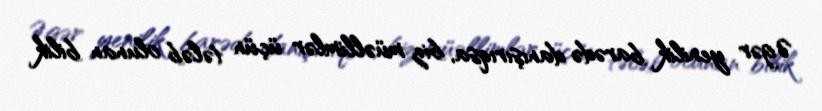
Əgər yenilik barədə danışırıqsa, biz müəllimlər üçün tələb olunan bilik